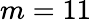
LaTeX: m=11